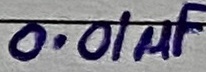
Text: 0.01µF